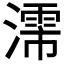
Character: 𬉈